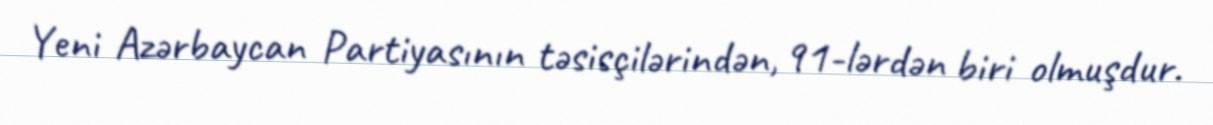
Yeni Azərbaycan Partiyasının təsisçilərindən, 91-lərdən biri olmuşdur.